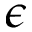
\epsilon